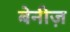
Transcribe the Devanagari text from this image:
बेनीज़